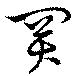
買